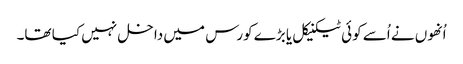
اُنھوں نے اُسے کوئی ٹیکنیکل یا بڑے کورس میں داخل نہیں کیا تھا۔